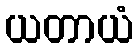
ယတာယံ